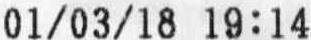
01/03/18 19:14